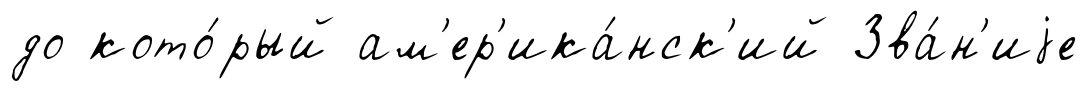
до кото́рый ам'ер'ика́нск'ий Зва́н'иjе